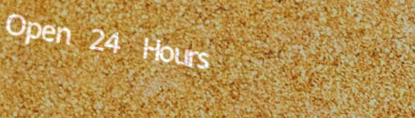
Open 24 Hours